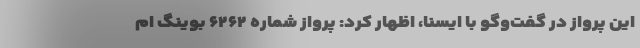
این پرواز در گفت‌وگو با ایسنا، اظهار کرد: پرواز شماره ۶۲۶۲ بوینگ ام